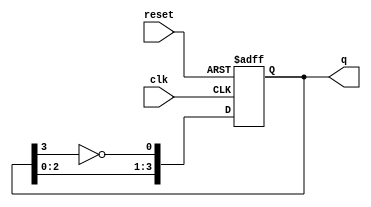
module johnson_counter (
    input wire clk,          // Clock input
    input wire reset,        // Asynchronous reset input
    output reg [n-1:0] q     // Output of the counter
);
    parameter n = 4;         // Number of flip-flops (adjust as needed)

    always @(posedge clk or posedge reset) begin
        if (reset) begin
            q <= 0;         // Reset the counter to 0
        end else begin
            q <= {q[n-2:0], ~q[n-1]}; // Shift left and feedback inverted last bit
        end
    end
endmodule